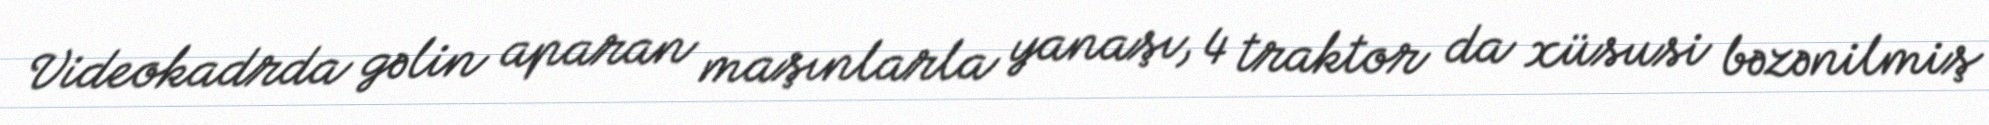
Videokadrda gəlin aparan maşınlarla yanaşı, 4 traktor da xüsusi bəzənilmiş